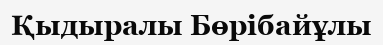
Қыдыралы Бөрібайұлы